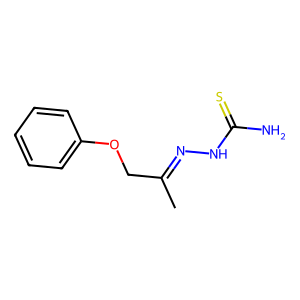
SMILES: CC(COc1ccccc1)=NNC(N)=S
Inhibits HIV replication: No